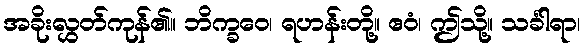
အခိုးလွှတ်ကုန်၏။ ဘိက္ခဝေ၊ ရဟန်းတို့။ ဧဝံ၊ ဤသို့။ သင်္ခါရာ၊